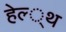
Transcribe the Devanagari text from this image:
हेल्‍्थ